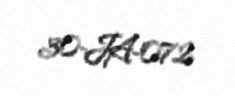
30-JA-072